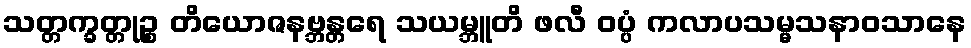
သတ္တက္ခတ္တုဉ္စ တိယောဇနဗ္ဘန္တရေ သယမ္ဘူတိ ဖလီ ဝပ္ပံ ကလာပသမ္မသနာဝသာနေ